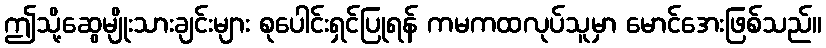
ဤသို့ဆွေမျိုးသားချင်းများ စုပေါင်းရှင်ပြုရန် ကမကထလုပ်သူမှာ မောင်အေးဖြစ်သည်။